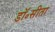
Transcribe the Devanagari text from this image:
डॉ॰सीता